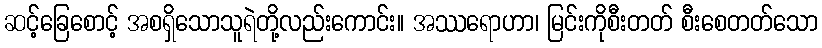
ဆင့်ခြေစောင့် အစရှိသောသူရဲတို့လည်းကောင်း။ အဿရောဟာ၊ မြင်းကိုစီးတတ် စီးစေတတ်သော